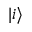
| i \rangle